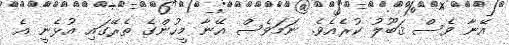
އޭނާ ވެސް ޤަބޫލު ކުރެއެވެ. ނަމަވެސް އޭނާ މީހުންގެ ތެރޭގައި އުޅެނީ އެ